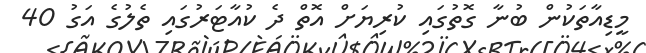
މީޑިއާތަކުން ބުނާ ގޮތުގައި ކުރިޔަށް އޮތް ދެ ކުއާޓަރުގައި ތެލުގެ އަގު 40